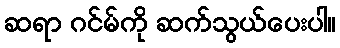
ဆရာ ဂင်မ်ကို ဆက်သွယ်ပေးပါ။